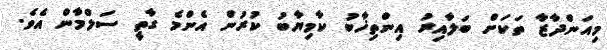
މިއަންދާޒާ ތަކަށް ބަލާއިރު އިންތިޚާބު ކާމިޔާބު ކުރުން އެންމެ ގާތީ ސަލްމާން އެވެ.